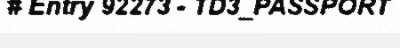
# Entry 92273 - TD3_PASSPORT